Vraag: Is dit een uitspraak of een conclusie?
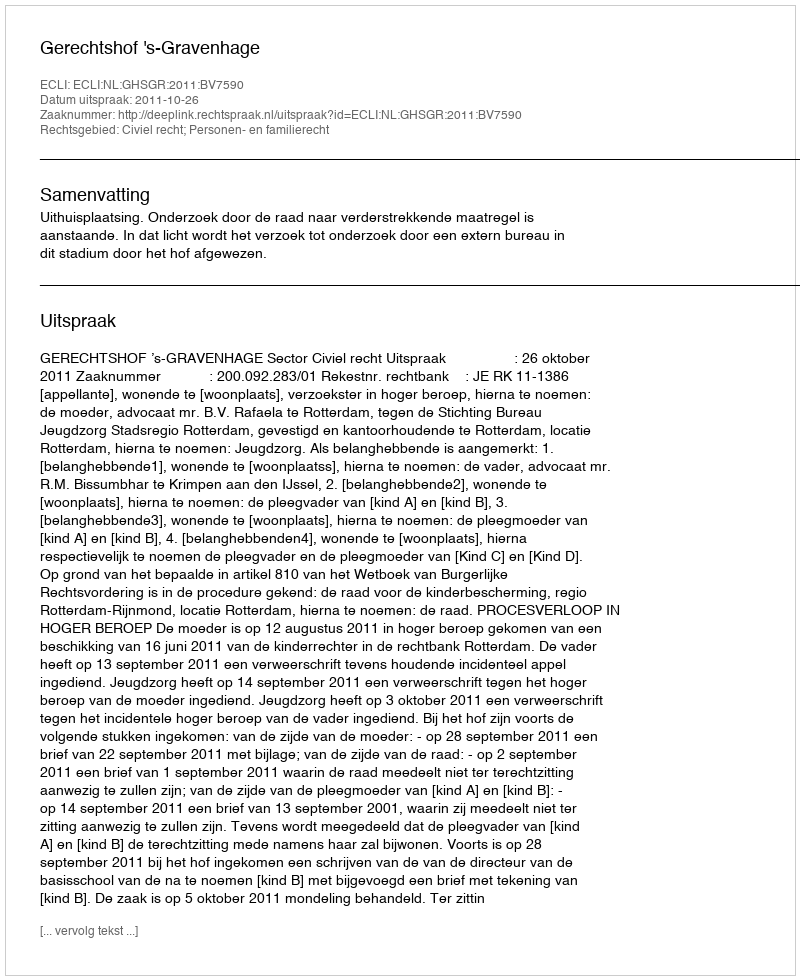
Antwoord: Uitspraak